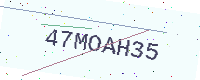
Text: 47MOAH35